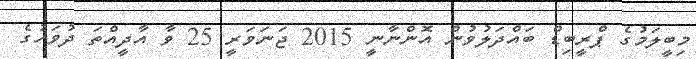
މިބީލަމުގެ ޕްރީބިޑް ބައްދަލުވުން އޮންނާނީ 2015 ޖަނަވަރީ 25 ވާ އާދީއްތަ ދުވަހުގެ